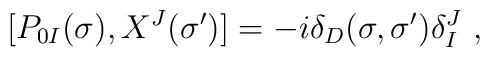
[P_{0I}(\sigma),X^{J}(\sigma')]=-i\delta_D (\sigma,\sigma') \delta_{I}^{J} \ ,